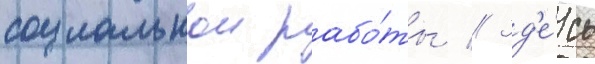
социальнои рабо́ты // Зд'е́сь